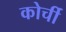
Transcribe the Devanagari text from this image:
कोर्ची